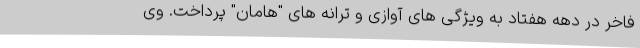
فاخر در دهه هفتاد به ویژگی های آوازی و ترانه های "هامان" پرداخت. وی